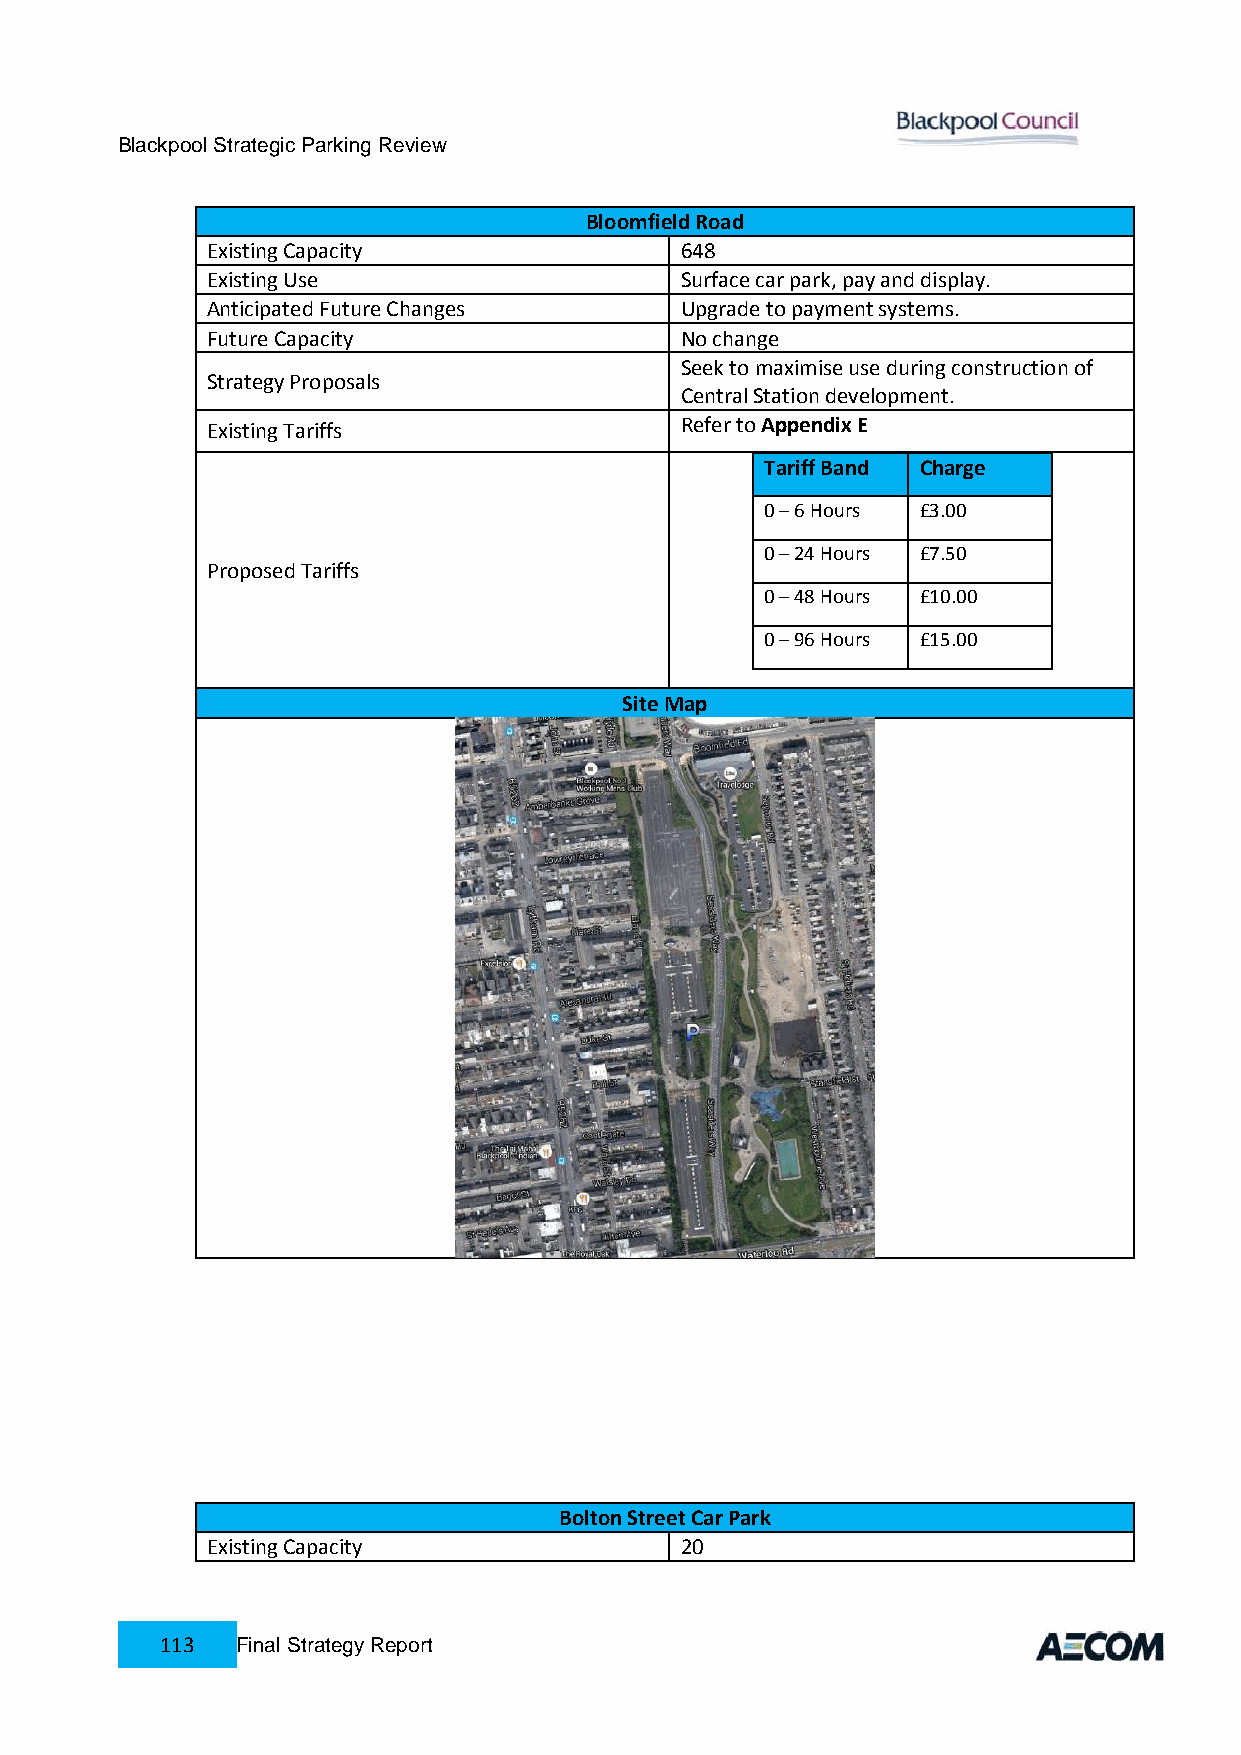
Blackpool Strategic Parking Review
 Bloomfield Road
 Existing Capacity              648
 Existing Use                   Surface car park, pay and display.
 Anticipated Future Changes     Upgrade to payment systems.
 Future Capacity                No change
 Seek to maximise use during construction of
 Strategy Proposals
 Central Station development.
 Refer to Appendix E
 Existing Tariffs
 Tariff Band Charge
 0 – 6 Hours £3.00
 0 – 24 Hours £7.50
 Proposed Tariffs
 0 – 48 Hours £10.00
 0 – 96 Hours £15.00
 Site Map
 Bolton Street Car Park
 Existing Capacity              20
 113  Final Strategy Report